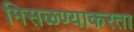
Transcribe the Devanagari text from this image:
मिसळण्याकरता